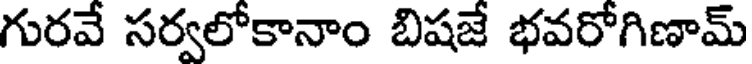
గురవే సర్వలోకానాం బిషజే భవరోగిణామ్